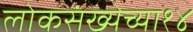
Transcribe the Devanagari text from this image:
लोकसंख्येच्या१४